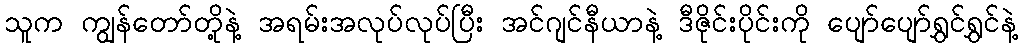
သူက ကျွန်တော်တို့နဲ့ အရမ်းအလုပ်လုပ်ပြီး အင်ဂျင်နီယာနဲ့ ဒီဇိုင်းပိုင်းကို ပျော်ပျော်ရွှင်ရွှင်နဲ့